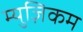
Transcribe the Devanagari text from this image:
म्युज़िकम